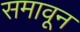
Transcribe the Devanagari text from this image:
समावून